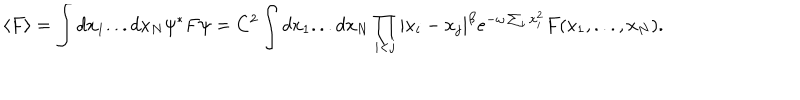
LaTeX: \langle F \rangle = \int d x _ { 1 } . . . d x _ { N } \psi ^ { * } F \psi = C ^ { 2 } \int d x _ { 1 } . . . d x _ { N } \prod _ { i < j } | x _ { i } - x _ { j } | ^ { \beta } e ^ { - \omega \sum _ { i } x _ { i } ^ { 2 } } F ( x _ { 1 } , . . . , x _ { N } ) .